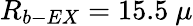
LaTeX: R_{b-EX}=15.5\ \mu